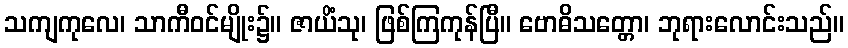
သကျကုလေ၊ သာကီဝင်မျိုး၌။ ဇာယိံသု၊ ဖြစ်ကြကုန်ပြီ။ ဗောဓိသတ္တော၊ ဘုရားလောင်းသည်။